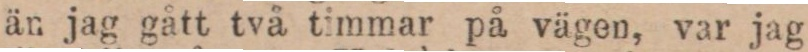
än jag gått två timmar på vägen, var jag